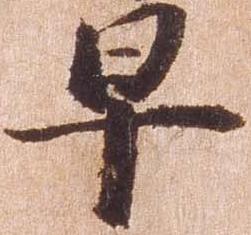
早